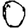
Digit: 0